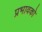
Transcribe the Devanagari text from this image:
प्रभावको